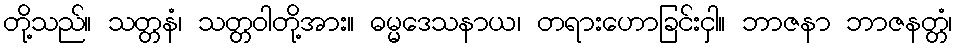
တို့သည်။ သတ္တနံ၊ သတ္တဝါတို့အား။ ဓမ္မဒေသနာယ၊ တရားဟောခြင်းငှါ။ ဘာဇနာ ဘာဇနတ္တံ၊